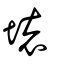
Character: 壞